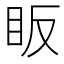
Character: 眅